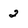
Character: 2